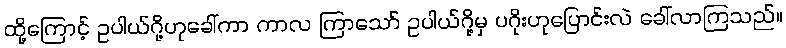
ထို့ကြောင့် ဥပါယ်ဂို့ဟုခေါ်ကာ ကာလ ကြာသော် ဥပါယ်ဂို့မှ ပဂိုးဟုပြောင်းလဲ ခေါ်လာကြသည်။